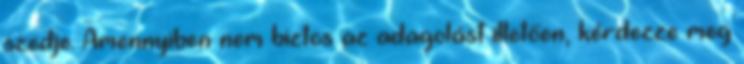
szedje. Amennyiben nem biztos az adagolást illetően, kérdezze meg